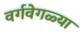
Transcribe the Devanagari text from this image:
वर्गवेगळ्या